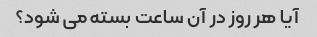
آیا هر روز در آن ساعت بسته می شود؟